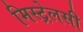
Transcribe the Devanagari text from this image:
मिस्ट्रेलसी